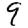
Digit: 9